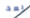
بعد